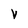
Character: v